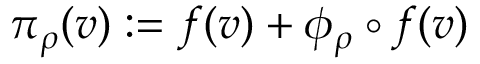
\pi _ { \rho } ( v ) : = f ( v ) + \phi _ { \rho } \circ f ( v )